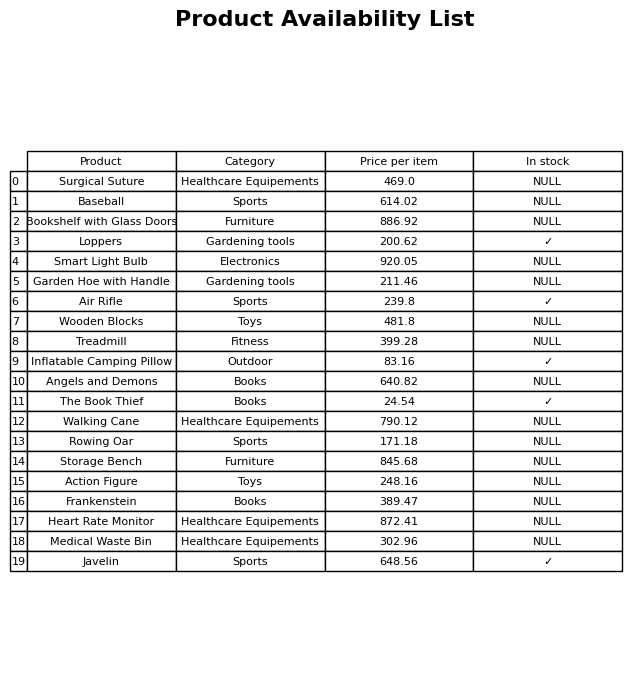
question: What is the stock status of the Action Figure?
answer: NULL